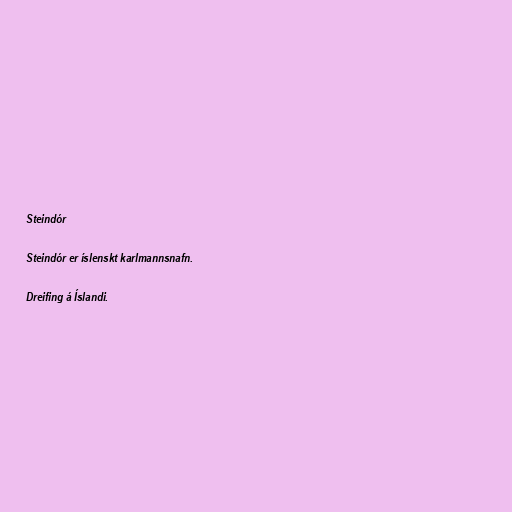
Steindór

Steindór er íslenskt karlmannsnafn.

Dreifing á Íslandi.